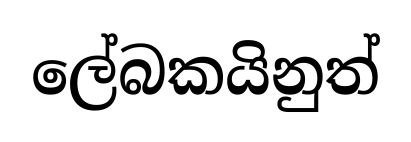
ලේබකයිනුත්